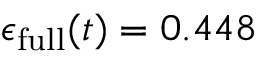
\epsilon _ { \mathrm { f u l l } } ( t ) = 0 . 4 4 8